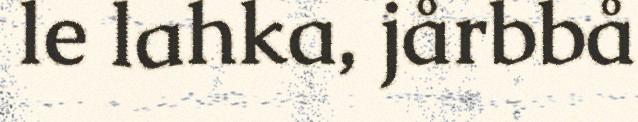
le lahka, jårbbå